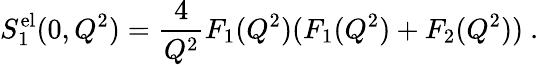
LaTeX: S_{1}^{\mathrm{el}}(0,Q^{2})={\frac{4}{Q^{2}}}F_{1}(Q^{2})(F_{1}(Q^{2})+F_{2}(Q^{2}))\ .